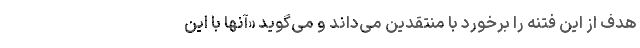
هدف از این فتنه را برخورد با منتقدین می‌داند و می‌گوید «آنها با این